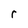
Character: r